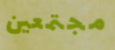
مجتمعين